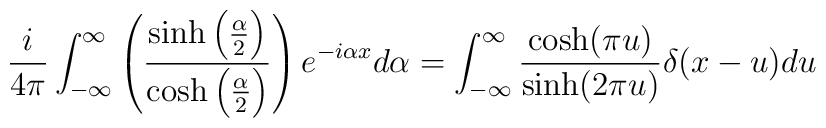
\frac{i}{4\pi}\int_{-\infty}^{\infty}\left(\frac{\sinh\left(\frac{\alpha}{2}\right)}{\cosh\left(\frac{\alpha}{2}\right)}\right)e^{-i\alpha x}d\alpha=\int_{-\infty}^{\infty}\frac{\cosh(\pi u)}{\sinh(2\pi u)}\delta(x-u)du